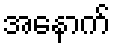
အနောက်